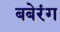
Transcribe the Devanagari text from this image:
बबेरंग